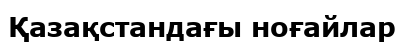
Қазақстандағы ноғайлар